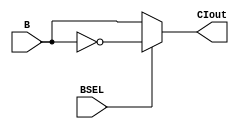
module muxBB(BSEL,B, CIout);
  // inputs
  input  BSEL;
  input [7:0] B;
  
  reg [7:0] btemp;
  
  // outputs
  output [7:0] CIout;
 
  
  //MUX logic, if BSEL==0, CIout=B
  //else if BSEL==1, CIout=~B
  assign CIout= (BSEL==1'b1)? ~B : B;

endmodule